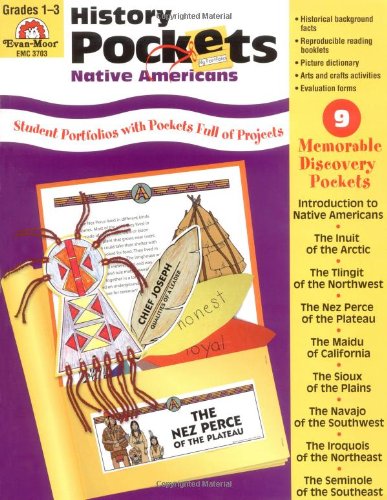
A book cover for History Pockets: Native Americans, Grades 1-3; Evan Moor; History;